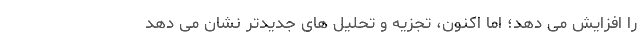
را افزایش می دهد؛ اما اکنون، تجزیه و تحلیل های جدیدتر نشان می دهد